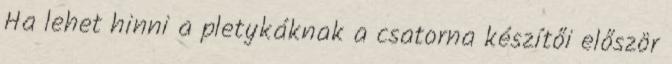
Ha lehet hinni a pletykáknak a csatorna készítői először